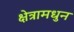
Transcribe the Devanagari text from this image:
क्षेत्रामधुन